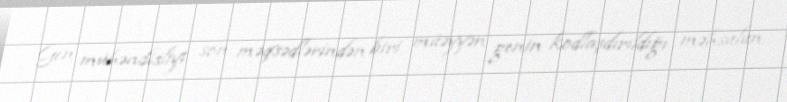
Gen mühəndisliyi son məqsədlərindən biri müəyyən genin kodlaşdırıldığı məhsulun